Streptothrix isolated from the spleen of a leper - Number 51
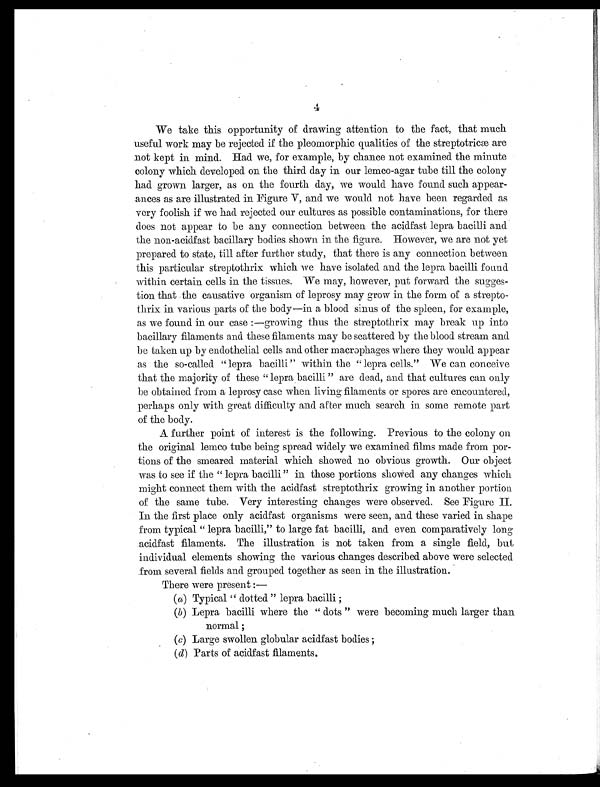
4
We take this opportunity of drawing attention to the fact, that much
useful work may be rejected if the pleomorphic qualities of the streptotricæ are
not kept in mind. Had we, for example, by chance not examined the minute
colony which developed on the third day in our lemco-agar tube till the colony
had grown larger, as on the fourth day, we would have found such appear-
ances as are illustrated in Figure V, and we would not have been regarded as
very foolish if we had rejected our cultures as possible contaminations, for there
does not appear to be any connection between the acidfast lepra bacilli and
the non-acidfast bacillary bodies shown in the figure. However, we are not yet
prepared to state, till after further study, that there is any connection between
this particular streptothrix which we have isolated and the lepra bacilli found
within certain cells in the tissues. We may, however, put forward the sugges-
tion that the causative organism of leprosy may grow in the form of a strepto-
thrix in various parts of the body—in a blood sinus of the spleen, for example,
as we found in our case :—growing thus the streptothrix may break up into
bacillary filaments and these filaments may be scattered by the blood stream and
be taken up by endothelial cells and other macrophages where they would appear
as the so-called " lepra bacilli " within the " lepra cells." We can conceive
that the majority of these " lepra bacilli " are dead, and that cultures can only
be obtained from a leprosy case when living filaments or spores are encountered,
perhaps only with great difficulty and after much search in some remote part
of the body.
A further point of interest is the following Previous to the colony on
the original lemco tube being spread widely we examined films made from por-
tions of the smeared material which showed no obvious growth. Our object
was to see if the " lepra bacilli " in those portions showed any changes which
might connect them with the acidfast streptothrix growing in another portion
of the same tube. Very interesting changes were observed. See Figure II.
In the first place only acidfast organisms were seen, and these varied in shape
from typical " lepra bacilli," to large fat bacilli, and even comparatively long
acidfast filaments. The illustration is not taken from a single field, but
individual elements showing the various changes described above were selected
from several fields and grouped together as seen in the illustration.
There were present :
—
(a) Typical " dotted " lepra bacilli ;
(b) Lepra bacilli where the " dots " were becoming much larger than
normal ;
(c) Large swollen globular acidfast bodies ;
( d) Parts of acidfast filaments.